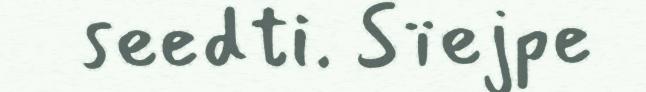
seedti. Sïejpe